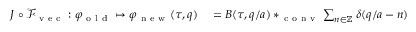
\begin{array} { r l } { J \circ \mathcal { F } _ { \mathrm { ~ v ~ e ~ c ~ } } : \varphi _ { \mathrm { ~ o ~ l ~ d ~ } } \mapsto \varphi _ { \mathrm { ~ n ~ e ~ w ~ } } ( \tau , q ) } & { { } = B ( \tau , q / a ) * _ { \mathrm { ~ c ~ o ~ n ~ v ~ } } \sum _ { n \in \mathbb { Z } } \delta ( q / a - n ) \ \varphi _ { \mathrm { ~ o ~ l ~ d ~ } } ( \tau , n ) } \end{array}